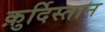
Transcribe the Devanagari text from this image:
क़ुर्दिस्तान